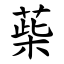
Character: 䓱